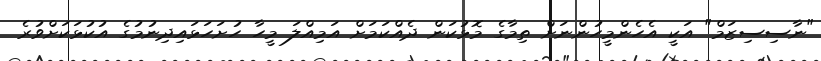
"ނާސިސިޒަމް" އަކީ އެހެންމީހުންނަށް ތިމާގެ މޮޅުކަން ދެއްކަމަށް އަމިއްލަ މީހާ ހުށަހަޅައިދިނުމުގެ އުކުޅަކަށްވުރެ